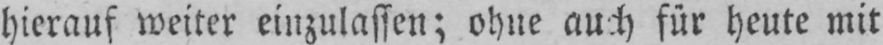
hierauf weiter einzulassen; ohne auch für heute mit